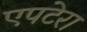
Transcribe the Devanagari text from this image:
एपटेरा